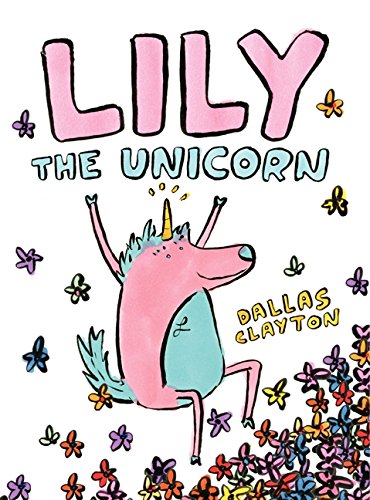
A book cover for Lily the Unicorn; Dallas Clayton; Children's Books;